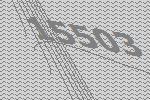
15503